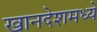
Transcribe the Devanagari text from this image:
खानदेशमध्ये